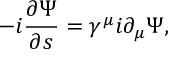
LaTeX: - i \frac { \partial \Psi } { \partial s } = \gamma ^ { \mu } i \partial _ { \mu } \Psi ,